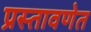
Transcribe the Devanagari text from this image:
प्रस्तावणेत